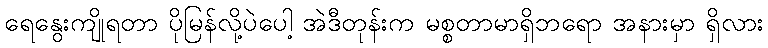
ရေနွေးကျိုရတာ ပိုမြန်လို့ပဲပေါ့ အဲဒီတုန်းက မစ္စတာမာရှိဘရော အနားမှာ ရှိလား